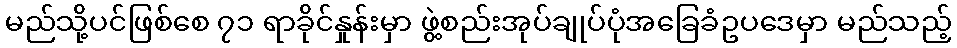
မည်သို့ပင်ဖြစ်စေ ၇၁ ရာခိုင်နှုန်းမှာ ဖွဲ့စည်းအုပ်ချုပ်ပုံအခြေခံဥပဒေမှာ မည်သည့်